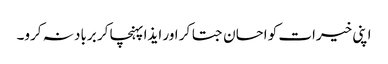
اپنی خیرات کو احسان جتا کر اور ایذا پہنچا کر برباد نہ کرو۔